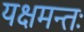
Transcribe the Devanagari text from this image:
यक्षमन्तः